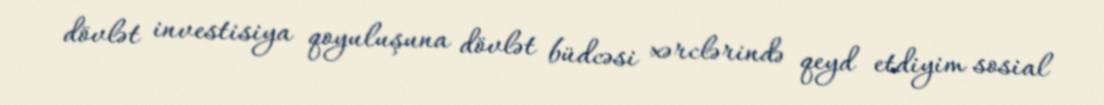
dövlət investisiya qoyuluşuna dövlət büdcəsi xərclərində qeyd etdiyim sosial